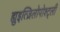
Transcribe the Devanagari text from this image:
ह्युइत्ज़िलोपोश्ट्ली